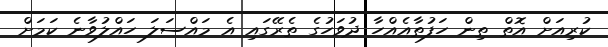
ކުރިއަށް އޮތް ތިން ހަފުތާއެއްހާ ދުވަހުގެ ތެރޭގައި އެ މައްސަލަ ހައްލުވާނެ ކަމަށް